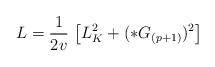
\begin{align*}L = \frac{1}{2v} \, \left[ L^2_K + (*G_{(p+1)})^2 \right]\end{align*}